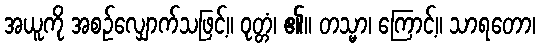
အယူကို အစဉ်လျှောက်သဖြင့်။ ဝုတ္တံ၊ ၏။ တသ္မာ၊ ကြောင့်။ သာရတော၊